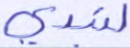
لتبدي